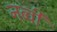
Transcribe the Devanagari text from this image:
नब्वी